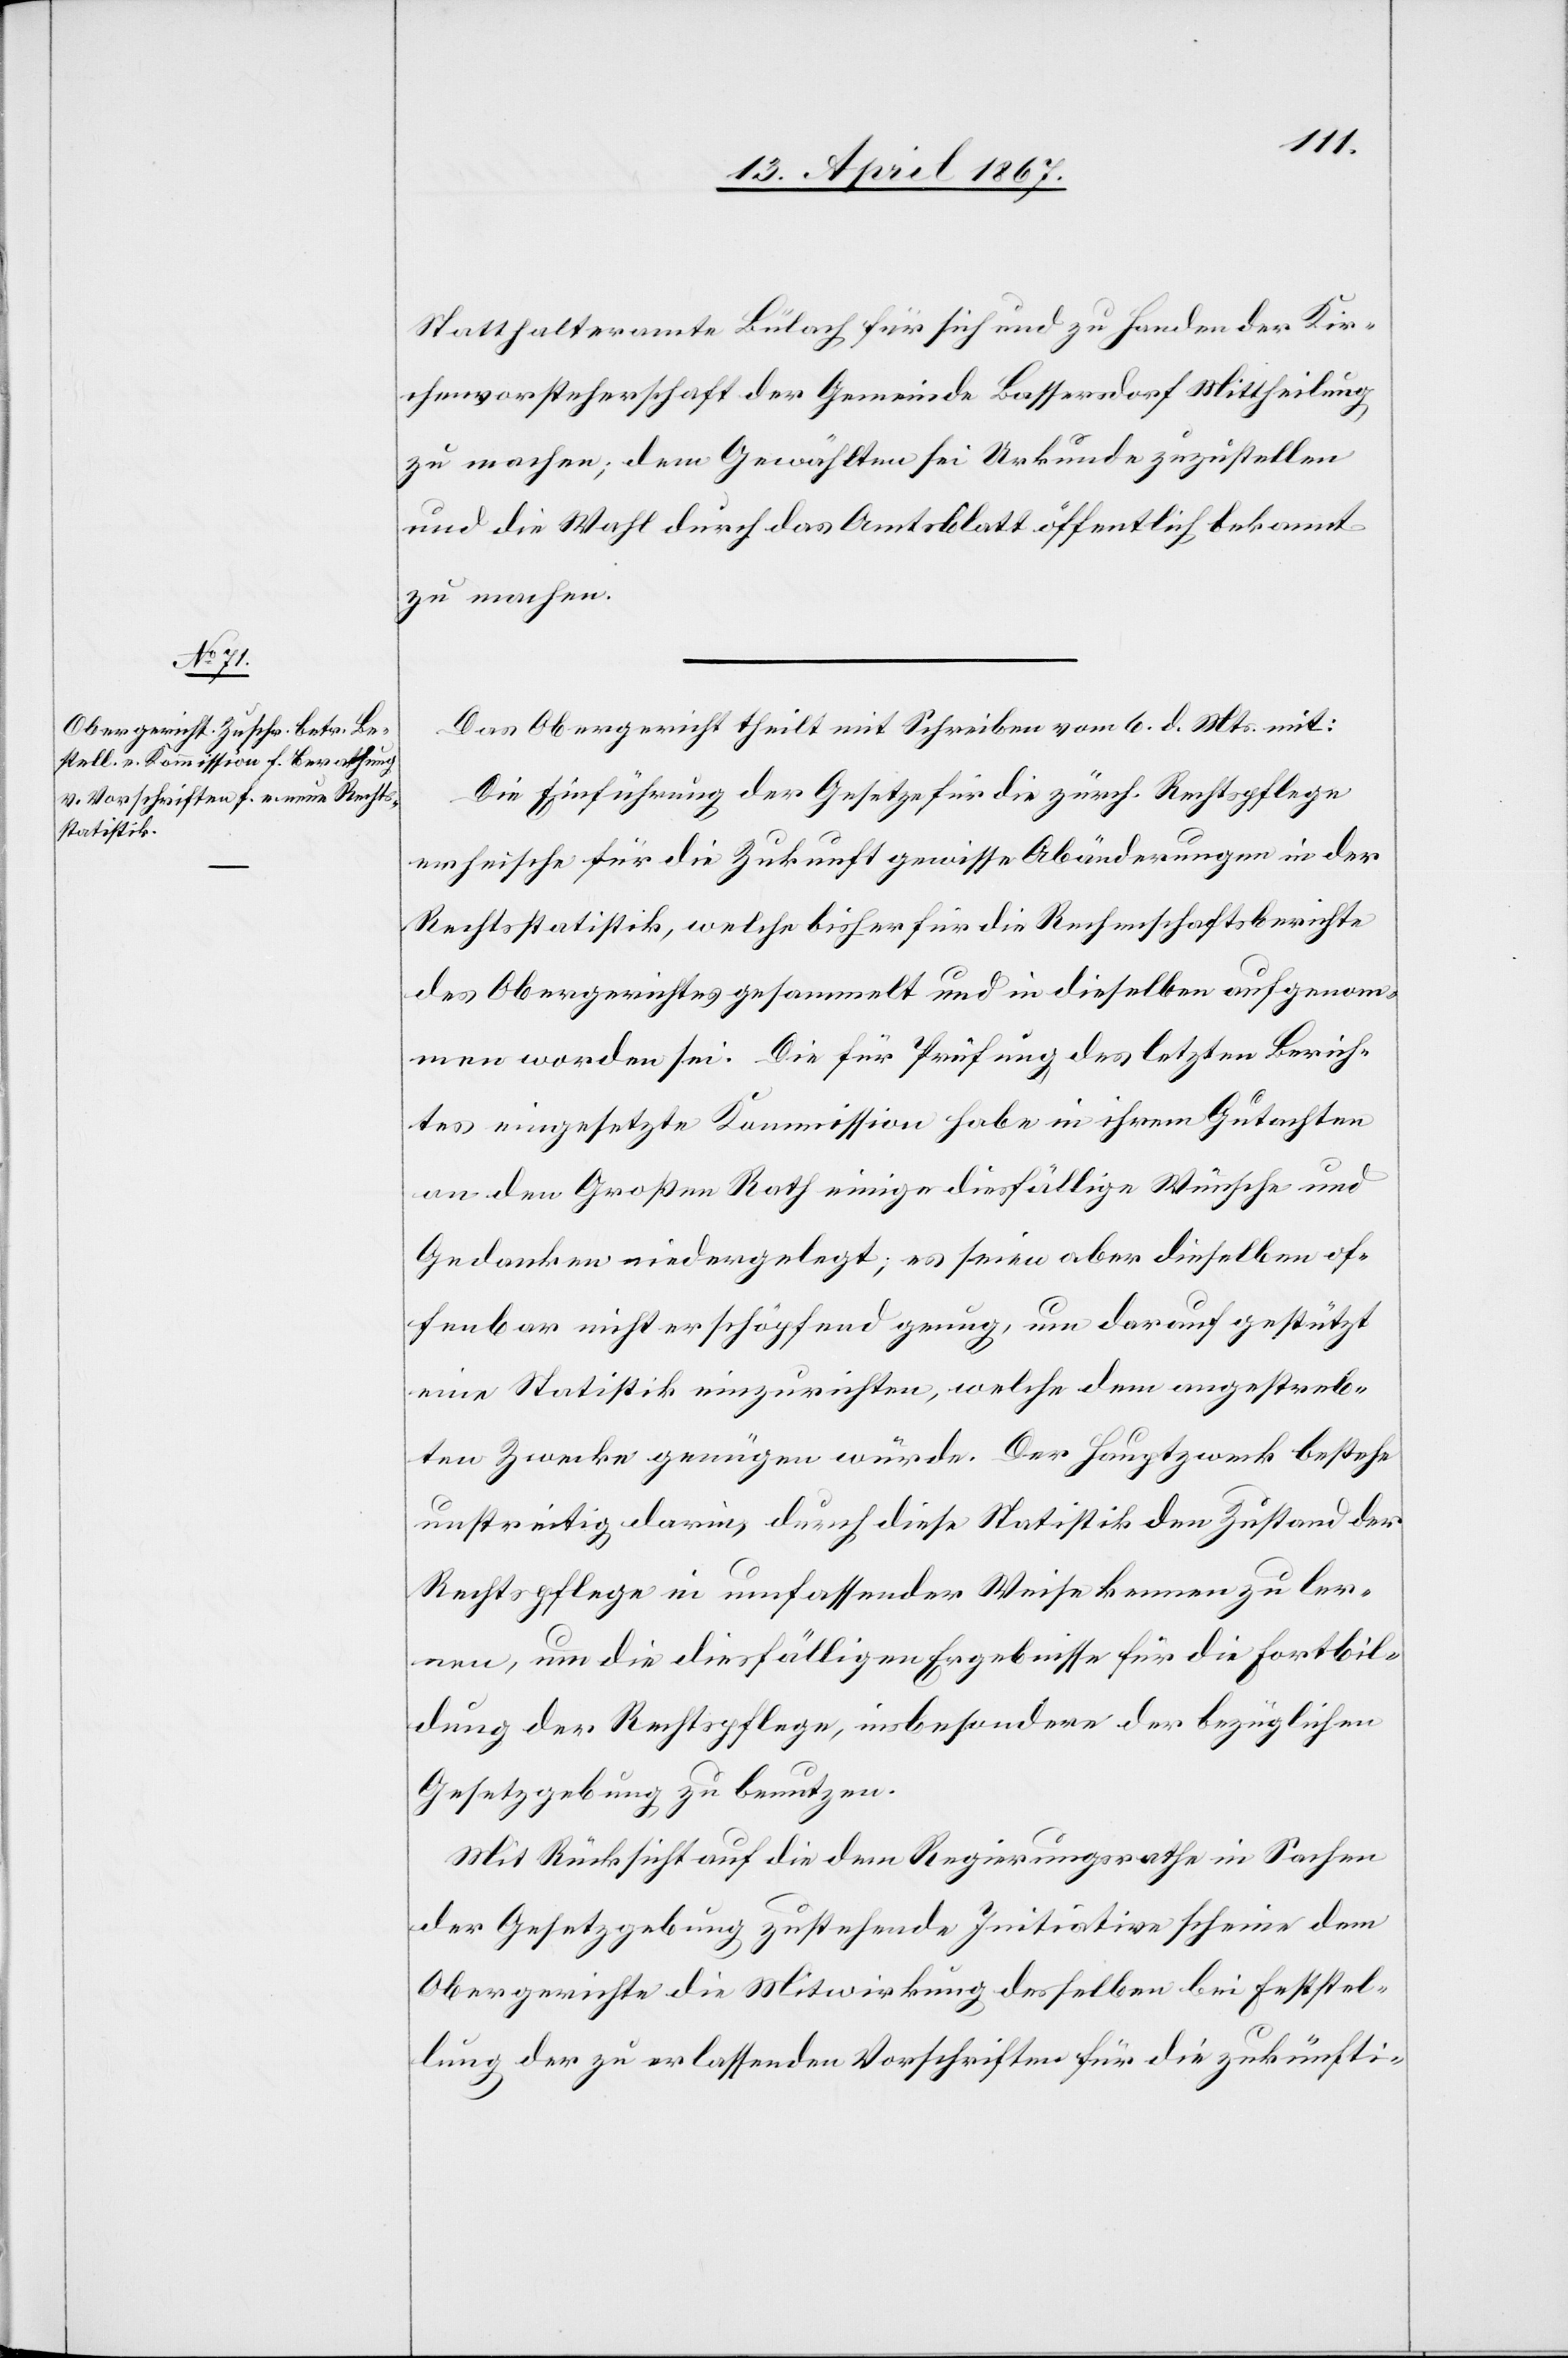
Statthalteramte Bülach für sich und zu Handen der Kir¬
chenvorsteherschaft der Gemeinde Bassersdorf Mittheilung
zu machen; dem Gewählten sei Urkunde zuzustellen
und die Wahl durch das Amtsblatt öffentlich bekannt
zu machen.
Das Obergericht theilt mit Schreiben vom 6. d. Mts. mit:
Die Einführung der Gesetze für die zürch. Rechtspflege
erheische für die Zukunft gewisse Abänderungen in der
Rechtsstatistik, welche bisher für die Rechenschaftsberichte
des Obergerichtes gesammelt und in dieselben aufgenom¬
men worden sei. Die für Prüfung des letzten Berich¬
tes eingesetzte Kommission habe in ihrem Gutachten
an den Großen Rath einige diesfällige Wünsche und
Gedanken niedergelegt; es seien aber dieselben of¬
fenbar nicht erschöpfend genug, um darauf gestützt
eine Statistik einzurichten, welche dem angestreb¬
ten Zwecke genügen würde. Der Hauptzweck bestehe
unstreitig darin, durch diese Statistik den Zustand der
Rechtspflege in umfassender Weise kennen zu ler¬
nen, um die diesfälligen Ergebnisse für die Fortbil¬
dung der Rechtspflege, insbesondere der bezüglichen
Gesetzgebung, zu benutzen.
Mit Rücksicht auf die dem Regierungsrathe in Sachen
der Gesetzgebung zustehende Initiative scheine dem
Obergerichte die Mitwirkung desselben bei Feststel¬
lung der zu erlassenden Vorschriften für die zukünfti-